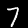
Label: 7